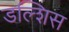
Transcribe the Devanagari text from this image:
डल्शिस